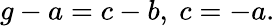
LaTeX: g-a=c-b,\ c=-a.